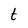
Character: t